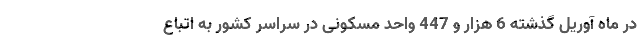
در ماه آوریل گذشته 6 هزار و 447 واحد مسکونی در سراسر کشور به اتباع